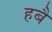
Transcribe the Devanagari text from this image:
हबै